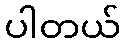
ပါတယ်